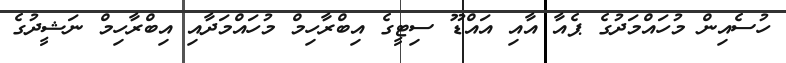
ހުސެއިން މުހައްމަދުގެ ޕެއާ އާއި އައްޑޫ ސިޓީގެ އިބްރާހިމް މުހައްމަދާއި އިބްރާހިމް ނަޝީދުގެ